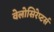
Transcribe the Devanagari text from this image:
वेलोसिरेप्‍टर्स